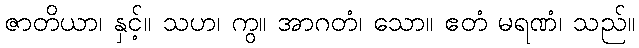
ဇာတိယာ၊ နှင့်။ သဟ၊ ကွ။ အာဂတံ၊ သော။ ဧတံ မရဏံ၊ သည်။